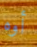
أوه